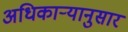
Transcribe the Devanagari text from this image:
अधिकाऱ्यानुसार